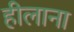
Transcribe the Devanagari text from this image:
हीलाना